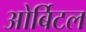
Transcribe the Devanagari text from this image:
ओर्बिटल